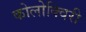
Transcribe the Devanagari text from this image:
कोलोक्विरी